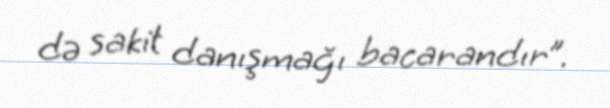
də sakit danışmağı bacarandır”.